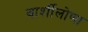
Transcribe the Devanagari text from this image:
बार्शीलोणा